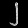
Digit: ၂